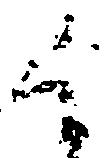
候